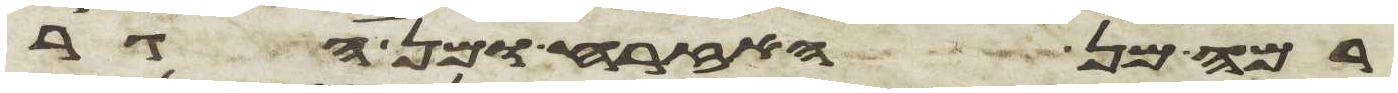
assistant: רמה מן האזרח ומן הגר